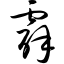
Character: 霹